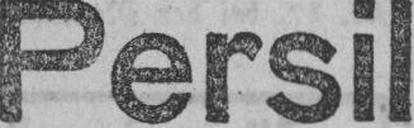
Persil